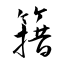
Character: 簎